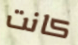
كانت